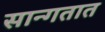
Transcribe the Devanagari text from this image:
सान्गतात